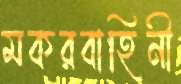
মকরবাহিনী